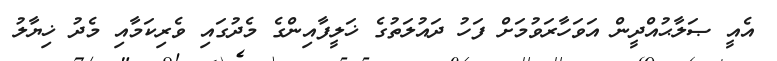
އެއީ ޞަލާޙުއްދީން އަވަހާރަވުމަށް ފަހު ދައުލަތުގެ ޚަލީފާއިންގެ މެދުގައި ވެރިކަމާއި މެދު ޚިޔާލު